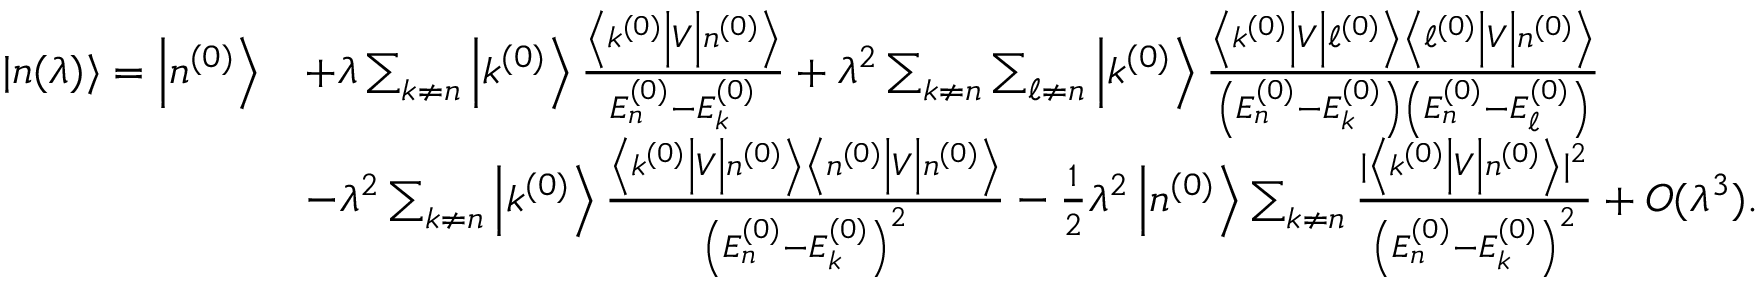
{ \begin{array} { r l } { | n ( \lambda ) \rangle = \left| n ^ { ( 0 ) } \right\rangle } & { + \lambda \sum _ { k \neq n } \left| k ^ { ( 0 ) } \right\rangle { \frac { \left\langle k ^ { ( 0 ) } \right| V \left| n ^ { ( 0 ) } \right\rangle } { E _ { n } ^ { ( 0 ) } - E _ { k } ^ { ( 0 ) } } } + \lambda ^ { 2 } \sum _ { k \neq n } \sum _ { \ell \neq n } \left| k ^ { ( 0 ) } \right\rangle { \frac { \left\langle k ^ { ( 0 ) } \right| V \left| \ell ^ { ( 0 ) } \right\rangle \left\langle \ell ^ { ( 0 ) } \right| V \left| n ^ { ( 0 ) } \right\rangle } { \left( E _ { n } ^ { ( 0 ) } - E _ { k } ^ { ( 0 ) } \right) \left( E _ { n } ^ { ( 0 ) } - E _ { \ell } ^ { ( 0 ) } \right) } } } \\ & { - \lambda ^ { 2 } \sum _ { k \neq n } \left| k ^ { ( 0 ) } \right\rangle { \frac { \left\langle k ^ { ( 0 ) } \right| V \left| n ^ { ( 0 ) } \right\rangle \left\langle n ^ { ( 0 ) } \right| V \left| n ^ { ( 0 ) } \right\rangle } { \left( E _ { n } ^ { ( 0 ) } - E _ { k } ^ { ( 0 ) } \right) ^ { 2 } } } - { \frac { 1 } { 2 } } \lambda ^ { 2 } \left| n ^ { ( 0 ) } \right\rangle \sum _ { k \neq n } { \frac { | \left\langle k ^ { ( 0 ) } \right| V \left| n ^ { ( 0 ) } \right\rangle | ^ { 2 } } { \left( E _ { n } ^ { ( 0 ) } - E _ { k } ^ { ( 0 ) } \right) ^ { 2 } } } + O ( \lambda ^ { 3 } ) . } \end{array} }